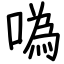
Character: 噅